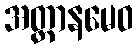
အတ္တာနမေဝ